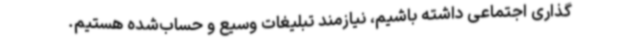
‌گذاری اجتماعی داشته باشیم، نیازمند تبلیغات وسیع و حساب‌شده هستیم.